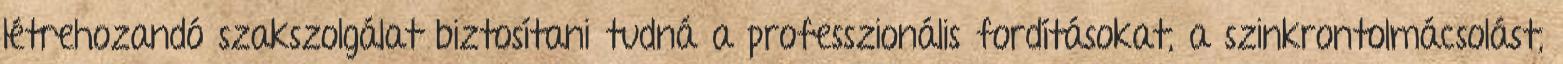
létrehozandó szakszolgálat biztosítani tudná a pro­fesszionális fordításokat, a szinkrontolmácsolást,